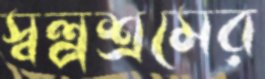
স্বল্পশ্রমের